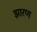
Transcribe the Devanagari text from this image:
झारण